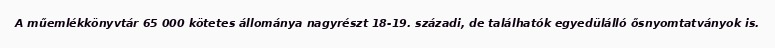
A műemlékkönyvtár 65 000 kötetes állománya nagyrészt 18-19. századi, de találhatók egyedülálló ősnyomtatványok is.